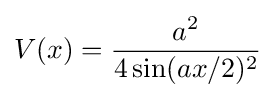
V(x)={\frac {a^{2}}{4\sin(ax/2)^{2}}}